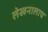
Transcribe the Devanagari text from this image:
लेखनालाच